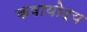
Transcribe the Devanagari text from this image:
कषायोदय